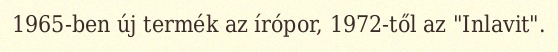
1965-ben új termék az írópor, 1972-től az "Inlavit".